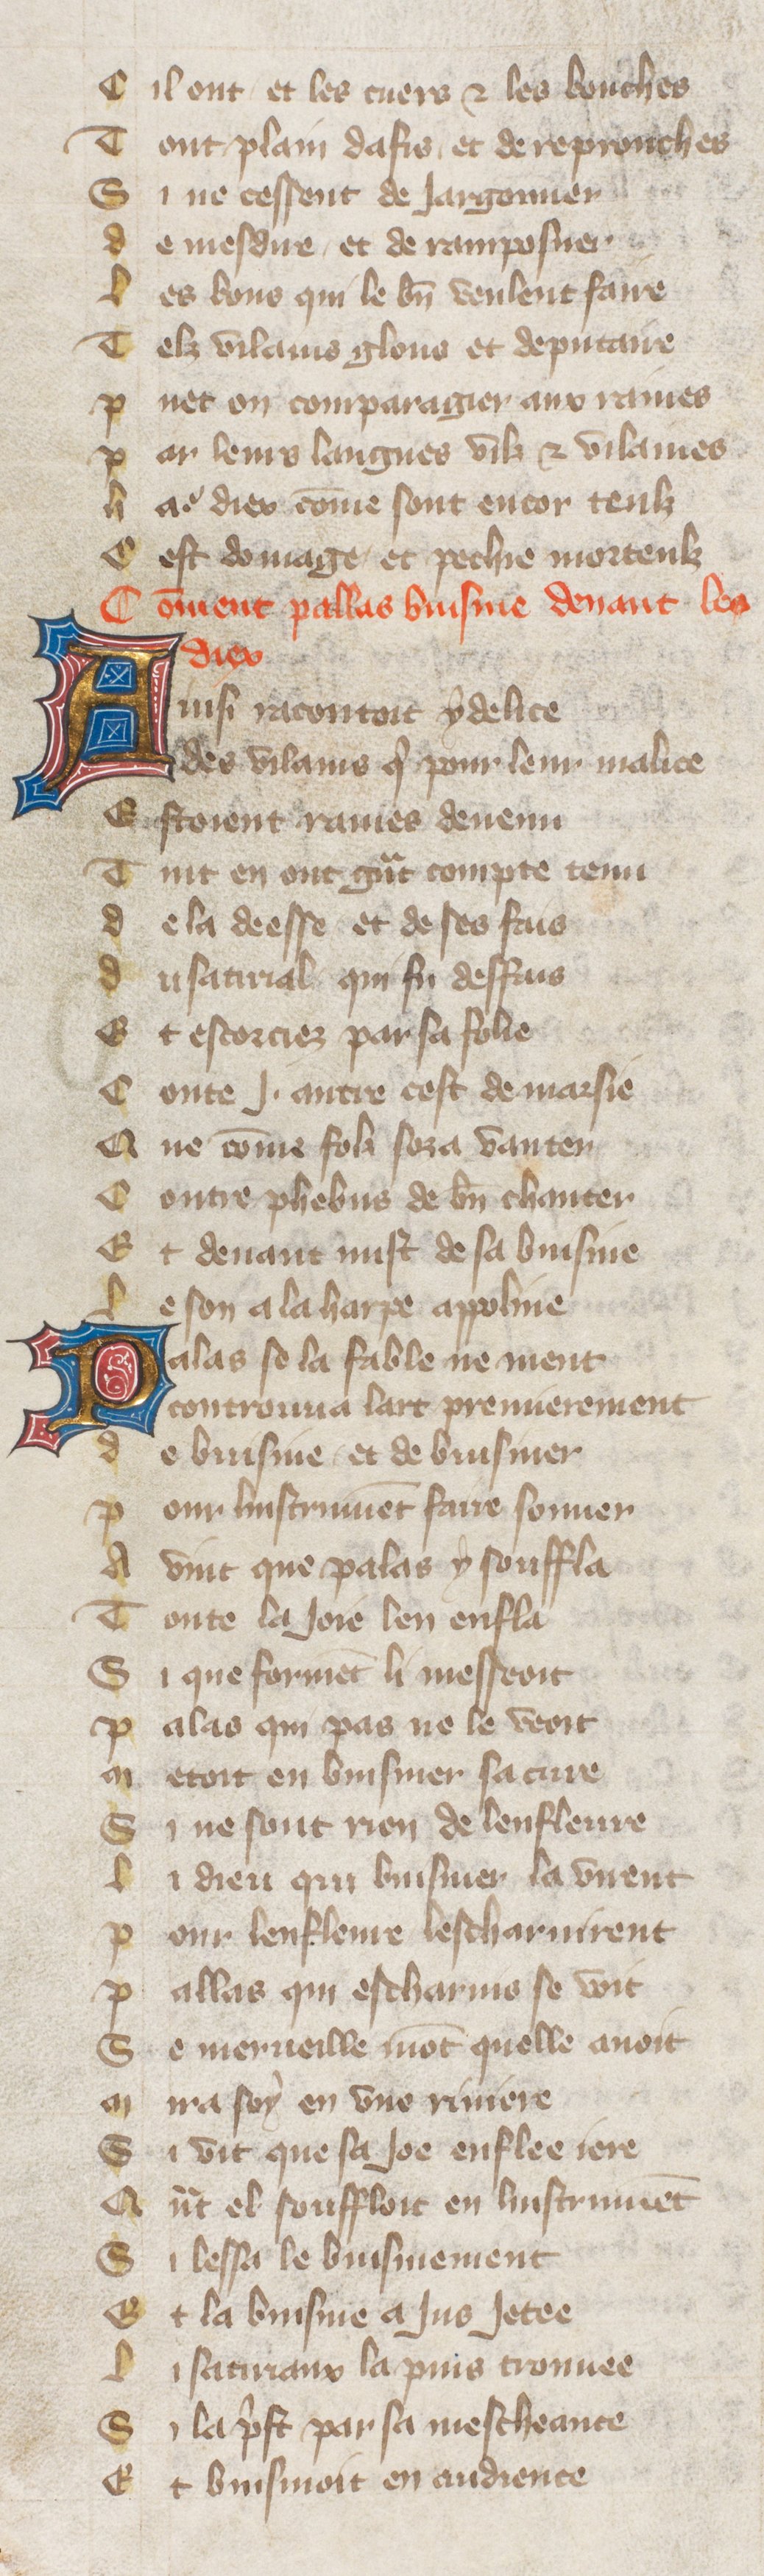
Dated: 1380–1390